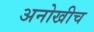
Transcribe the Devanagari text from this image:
अनोखीच